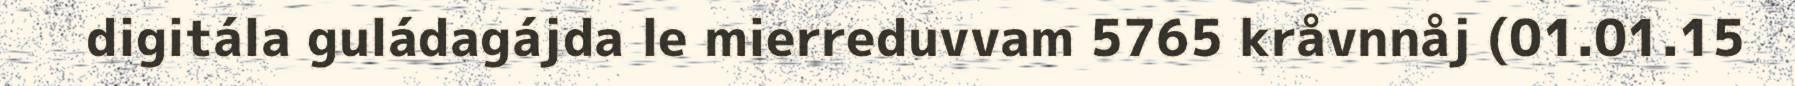
digitála guládagájda le mierreduvvam 5765 kråvnnåj (01.01.15